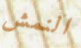
النمش